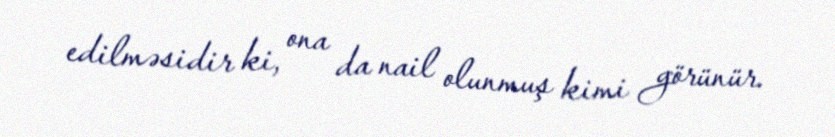
edilməsidir ki, ona da nail olunmuş kimi görünür.